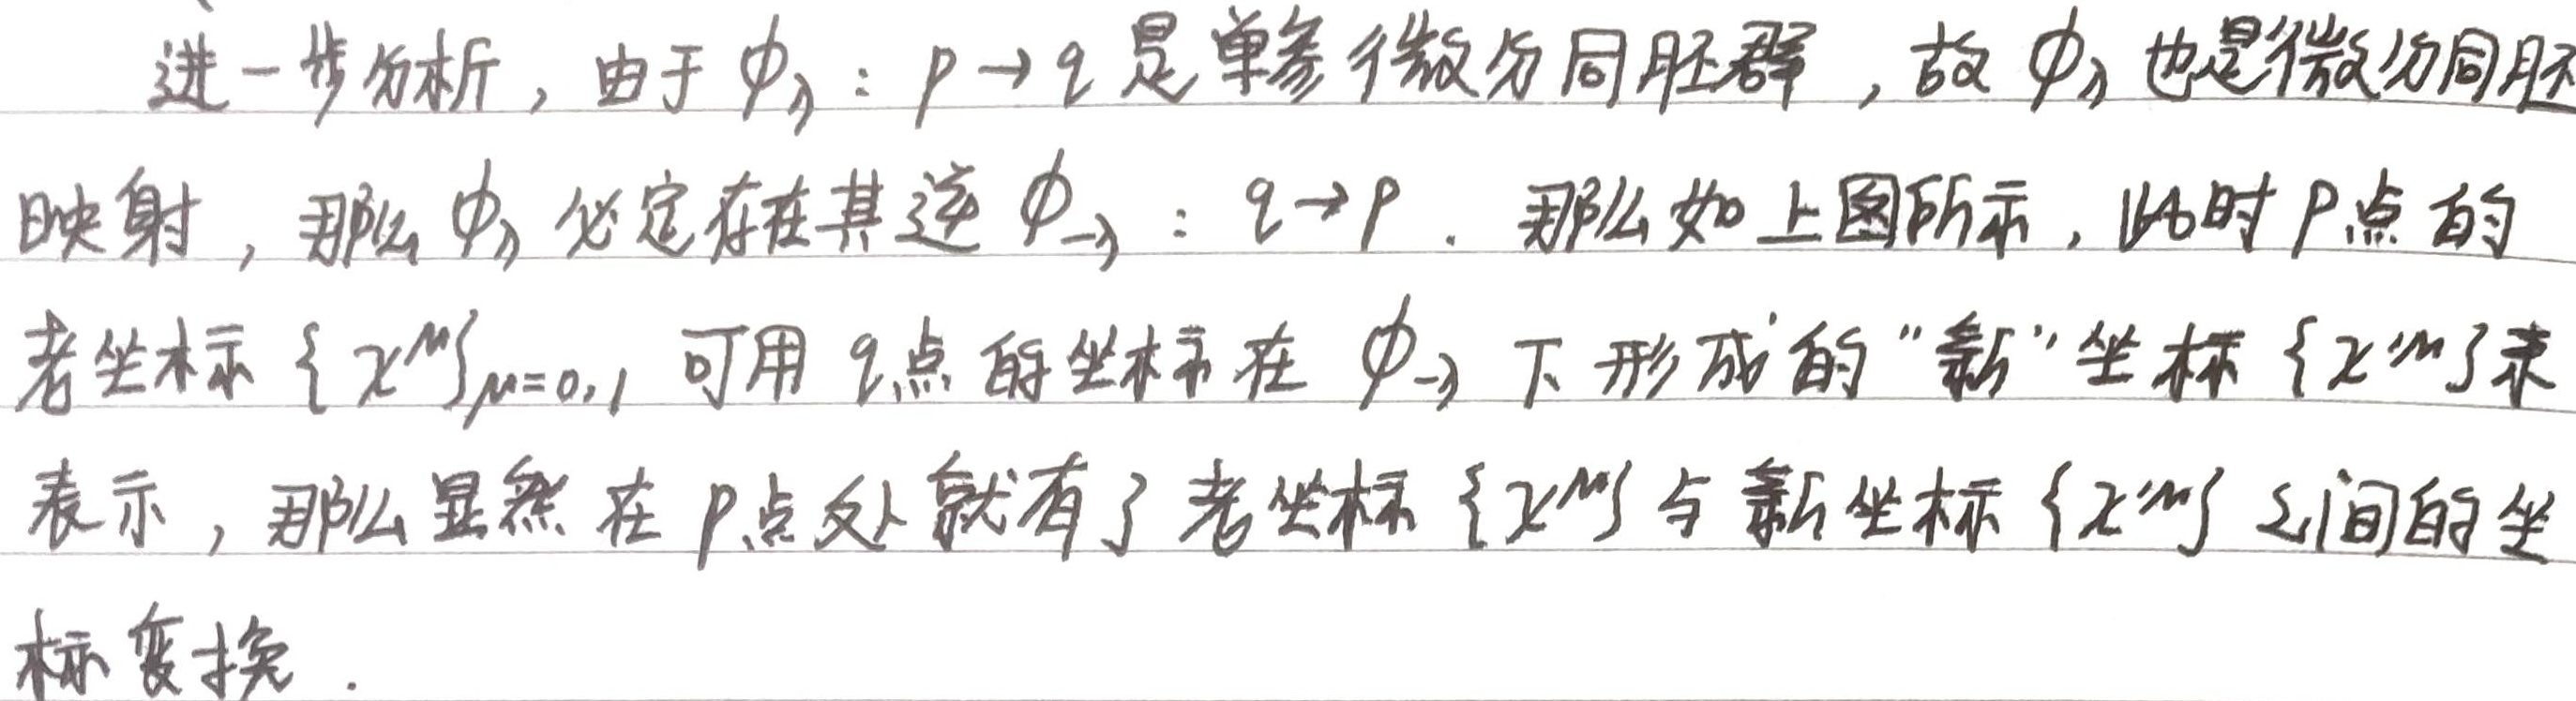
进一步分析，由于 \(\phi_t:p \to q\) 是单参微分同胚群，故 \(\phi_t\) 也是微分同胚映射，那么 \(\phi_t\) 必定存在其逆 \(\phi_{-t}:q \to p\)。

如上图所示，此时 \(p\) 点的老坐标 \(\{x^{\mu}\}_{\mu = 0,1}\) 可用 \(q\) 点的坐标在 \(\phi_{-t}\) 下形成的“新”坐标 \(\{\widetilde{x}^{\mu}\}\) 来表示，那么显然在 \(p\) 点处就有了老坐标 \(\{x^{\mu}\}\) 与新坐标 \(\{\widetilde{x}^{\mu}\}\) 之间的坐标变换。